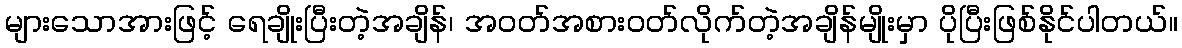
များသောအားဖြင့် ရေချိုးပြီးတဲ့အချိန်၊ အဝတ်အစားဝတ်လိုက်တဲ့အချိန်မျိုးမှာ ပိုပြီးဖြစ်နိုင်ပါတယ်။